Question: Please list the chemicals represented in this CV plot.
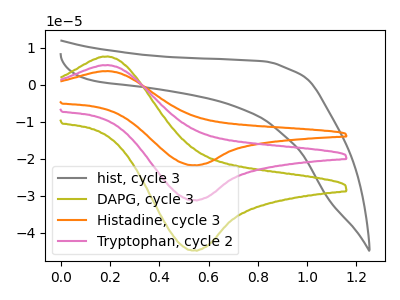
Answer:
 <answer>The gray curve is labeled "hist, cycle 3". The olive curve is labeled "DAPG, cycle 3". The orange curve is labeled "Histadine, cycle 3". The pink curve is labeled "Tryptophan, cycle 2".</answer>
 <eval></eval>